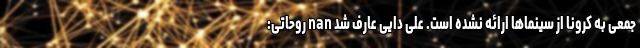
جمعی به کرونا از سینماها ارائه نشده است. علی دایی عارف شد nan روحاتی: